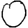
Digit: 0